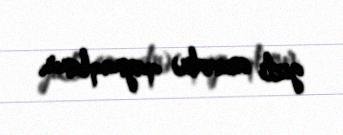
gizli simvolu) qaynaqlanır.